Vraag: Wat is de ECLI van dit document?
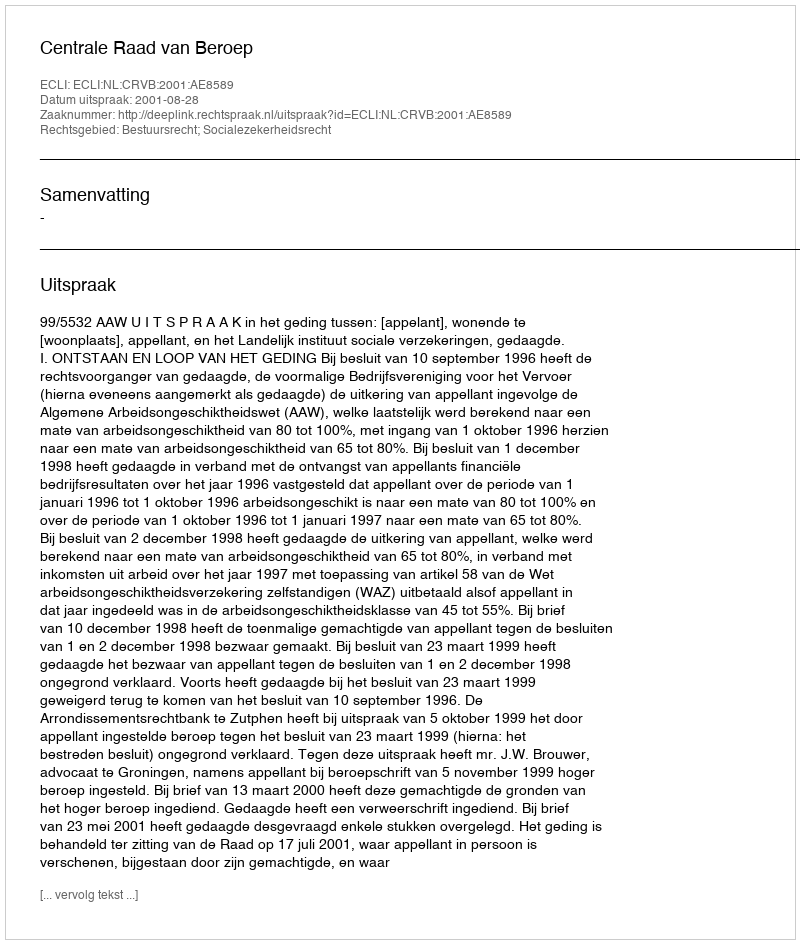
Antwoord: ECLI:NL:CRVB:2001:AE8589